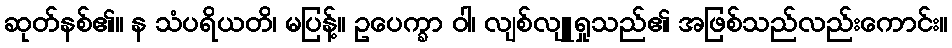
ဆုတ်နစ်၏။ န သံပရိယတိ၊ မပြန့်။ ဥပေက္ခာ ဝါ၊ လျစ်လျူရှုသည်၏ အဖြစ်သည်လည်းကောင်း။